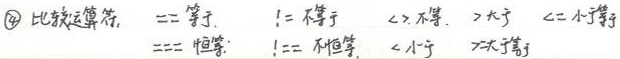
\textcircled{4} 比较运算符，== 等于，!= 不等于，<> 不等，> 大于，<= 小于等于，=== 恒等，!== 不恒等，< 小于，>= 大于等于